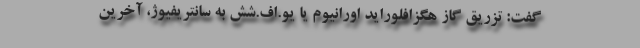
گفت: تزریق گاز هگزافلوراید اورانیوم یا یو.اف.شش به سانتریفیوژ، آخرین